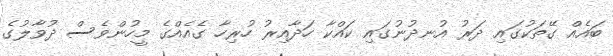
ބައެއް ގޭތަކުގައި ދަރު އުނދުނުގައި ކައްކާ ހަދާއިރު ހުރިހާ ގެއެއްގެ މީހުންވެސް ދުވާލުގެ